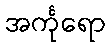
အင်္ကုရော